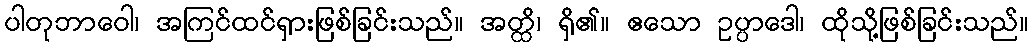
ပါတုဘာဝေါ၊ အကြင်ထင်ရှားဖြစ်ခြင်းသည်။ အတ္ထိ၊ ရှိ၏။ ဧသော ဥပ္ပာဒေါ၊ ထိုသို့ဖြစ်ခြင်းသည်။